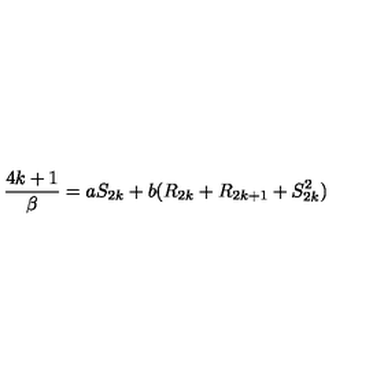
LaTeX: { \frac { 4 k + 1 } { \beta } } = a S _ { 2 k } + b ( R _ { 2 k } + R _ { 2 k + 1 } + S _ { 2 k } ^ { 2 } )